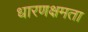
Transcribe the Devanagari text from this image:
धारणक्षमता